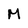
Character: M